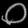
Digit: ၀